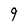
Character: 9